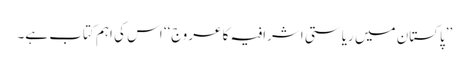
’’پاکستان میں ریاستی اشرافیہ کا عروج‘‘ اس کی اہم کتاب ہے۔